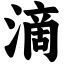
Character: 滴